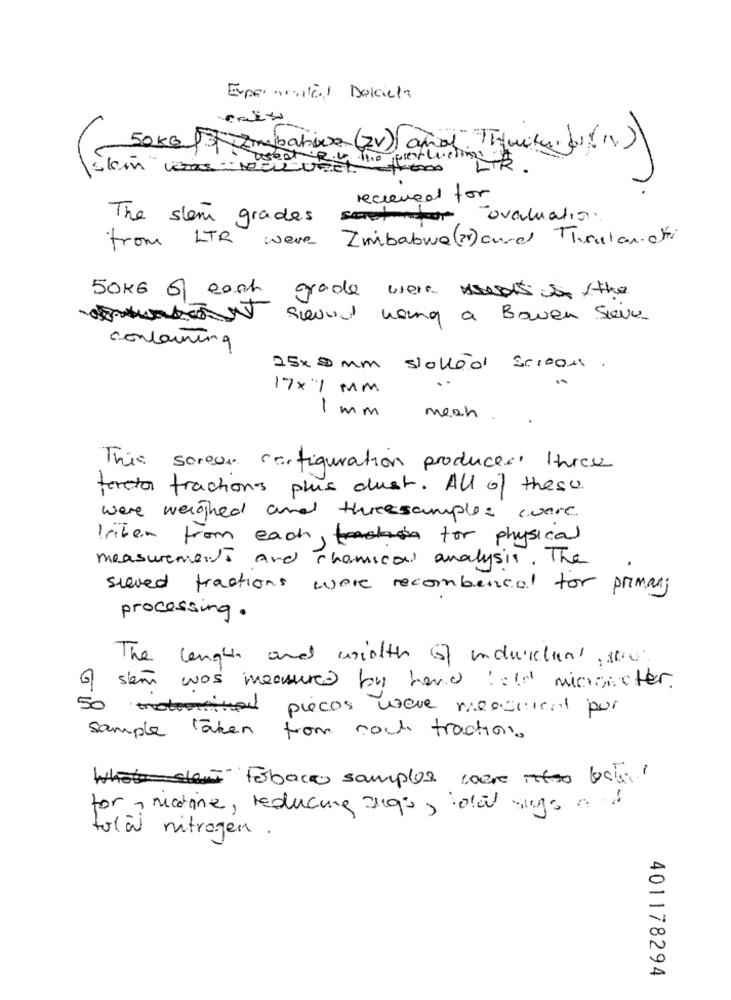
Experannitil Dolcela
50KG 13 Imbahia (IV) and Thecity ( 1)
slem weasel, Rio the preflecting
LTR
recieved for
The slem grades
evaluation.
from LTR were Zimbabwe (?) card Thrulandri
50KG of each
grade were us the
scroll woing a Bowen Sie
containing
25x 9mm stollod bcrooms.
17×7 MM
1 mm
mesh
This soreon configuration produces three
torta fractions plus dust. All of these.
were weighed and threesamples were
kriben from each, for physical
measurements and chemical analysis. The
sieved fractions were recombencal for primary
processing.
The length and width of individual Now.
of sem was measured by hand !!! micrometer
50 motorine
pieces wave meestical por
sample taken from noch traction.
What stem- tobacco samples were itso bote
for , nicotine, reducing algo, idal sugo a d
total nitrogen .
401178294